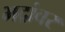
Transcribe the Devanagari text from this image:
भद्रांवर